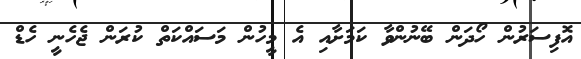
އޮފިސަރުން ހޯދަން ބޭނުންވާ ކަމަށާއި އެ މީހުން މަސައްކަތް ކުރަން ޖެހެނީ ހެޑް